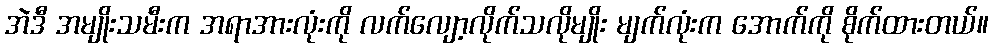
အဲဒီ အမျိုးသမီးက အရာအားလုံးကို လက်လျော့လိုက်သလိုမျိုး မျက်လုံးက အောက်ကို စိုက်ထားတယ်။